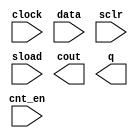
// megafunction wizard: %LPM_COUNTER%VBB%
// GENERATION: STANDARD
// VERSION: WM1.0
// MODULE: LPM_COUNTER 

// ============================================================
// Megafunction Name(s):
// 			LPM_COUNTER
//
// Simulation Library Files(s):
// 			lpm
// ============================================================
// ************************************************************
// THIS IS A WIZARD-GENERATED FILE. DO NOT EDIT THIS FILE!
//
// 14.1.0 Build 186 12/03/2014 SJ Full Version
// ************************************************************

//Copyright (C) 1991-2014 Altera Corporation. All rights reserved.
//Your use of Altera Corporation's design tools, logic functions 
//and other software and tools, and its AMPP partner logic 
//functions, and any output files from any of the foregoing 
//(including device programming or simulation files), and any 
//associated documentation or information are expressly subject 
//to the terms and conditions of the Altera Program License 
//Subscription Agreement, the Altera Quartus II License Agreement,
//the Altera MegaCore Function License Agreement, or other 
//applicable license agreement, including, without limitation, 
//that your use is for the sole purpose of programming logic 
//devices manufactured by Altera and sold by Altera or its 
//authorized distributors.  Please refer to the applicable 
//agreement for further details.

module upcount_32 (
	clock,
	cnt_en,
	data,
	sclr,
	sload,
	cout,
	q);

	input	  clock;
	input	  cnt_en;
	input	[31:0]  data;
	input	  sclr;
	input	  sload;
	output	  cout;
	output	[31:0]  q;

endmodule

// ============================================================
// CNX file retrieval info
// ============================================================
// Retrieval info: PRIVATE: ACLR NUMERIC "0"
// Retrieval info: PRIVATE: ALOAD NUMERIC "0"
// Retrieval info: PRIVATE: ASET NUMERIC "0"
// Retrieval info: PRIVATE: ASET_ALL1 NUMERIC "1"
// Retrieval info: PRIVATE: CLK_EN NUMERIC "0"
// Retrieval info: PRIVATE: CNT_EN NUMERIC "1"
// Retrieval info: PRIVATE: CarryIn NUMERIC "0"
// Retrieval info: PRIVATE: CarryOut NUMERIC "1"
// Retrieval info: PRIVATE: Direction NUMERIC "0"
// Retrieval info: PRIVATE: INTENDED_DEVICE_FAMILY STRING "Cyclone V"
// Retrieval info: PRIVATE: ModulusCounter NUMERIC "0"
// Retrieval info: PRIVATE: ModulusValue NUMERIC "0"
// Retrieval info: PRIVATE: SCLR NUMERIC "1"
// Retrieval info: PRIVATE: SLOAD NUMERIC "1"
// Retrieval info: PRIVATE: SSET NUMERIC "0"
// Retrieval info: PRIVATE: SSET_ALL1 NUMERIC "1"
// Retrieval info: PRIVATE: SYNTH_WRAPPER_GEN_POSTFIX STRING "0"
// Retrieval info: PRIVATE: nBit NUMERIC "32"
// Retrieval info: PRIVATE: new_diagram STRING "1"
// Retrieval info: LIBRARY: lpm lpm.lpm_components.all
// Retrieval info: CONSTANT: LPM_DIRECTION STRING "UP"
// Retrieval info: CONSTANT: LPM_PORT_UPDOWN STRING "PORT_UNUSED"
// Retrieval info: CONSTANT: LPM_TYPE STRING "LPM_COUNTER"
// Retrieval info: CONSTANT: LPM_WIDTH NUMERIC "32"
// Retrieval info: USED_PORT: clock 0 0 0 0 INPUT NODEFVAL "clock"
// Retrieval info: USED_PORT: cnt_en 0 0 0 0 INPUT NODEFVAL "cnt_en"
// Retrieval info: USED_PORT: cout 0 0 0 0 OUTPUT NODEFVAL "cout"
// Retrieval info: USED_PORT: data 0 0 32 0 INPUT NODEFVAL "data[31..0]"
// Retrieval info: USED_PORT: q 0 0 32 0 OUTPUT NODEFVAL "q[31..0]"
// Retrieval info: USED_PORT: sclr 0 0 0 0 INPUT NODEFVAL "sclr"
// Retrieval info: USED_PORT: sload 0 0 0 0 INPUT NODEFVAL "sload"
// Retrieval info: CONNECT: @clock 0 0 0 0 clock 0 0 0 0
// Retrieval info: CONNECT: @cnt_en 0 0 0 0 cnt_en 0 0 0 0
// Retrieval info: CONNECT: @data 0 0 32 0 data 0 0 32 0
// Retrieval info: CONNECT: @sclr 0 0 0 0 sclr 0 0 0 0
// Retrieval info: CONNECT: @sload 0 0 0 0 sload 0 0 0 0
// Retrieval info: CONNECT: cout 0 0 0 0 @cout 0 0 0 0
// Retrieval info: CONNECT: q 0 0 32 0 @q 0 0 32 0
// Retrieval info: GEN_FILE: TYPE_NORMAL upcount_32.v TRUE
// Retrieval info: GEN_FILE: TYPE_NORMAL upcount_32.inc FALSE
// Retrieval info: GEN_FILE: TYPE_NORMAL upcount_32.cmp FALSE
// Retrieval info: GEN_FILE: TYPE_NORMAL upcount_32.bsf FALSE
// Retrieval info: GEN_FILE: TYPE_NORMAL upcount_32_inst.v TRUE
// Retrieval info: GEN_FILE: TYPE_NORMAL upcount_32_bb.v TRUE
// Retrieval info: LIB_FILE: lpm